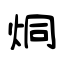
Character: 烔